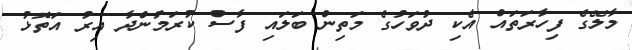
މާލޭގެ ފިހާރަތައް އެކި ދުވަހުގެ މަތިން ބަލައި ފާސް ކުރަމުންދާ އިރު އަތޮޅު